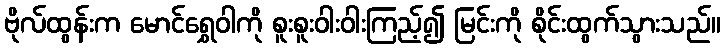
ဗိုလ်ထွန်းက မောင်ရွှေဝါကို စူးစူးဝါးဝါးကြည့်၍ မြင်းကို စိုင်းထွက်သွားသည်။